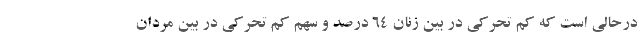
درحالی است که کم تحرکی در بین زنان ۶۴ درصد و سهم کم تحرکی در بین مردان